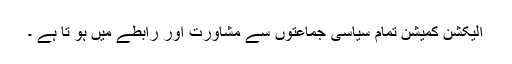
الیکشن کمیشن تمام سیاسی جماعتوں سے مشاورت اور رابطے میں ہو تا ہے ۔